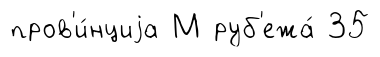
пров'и́нциjа М руб'ежа́ 35